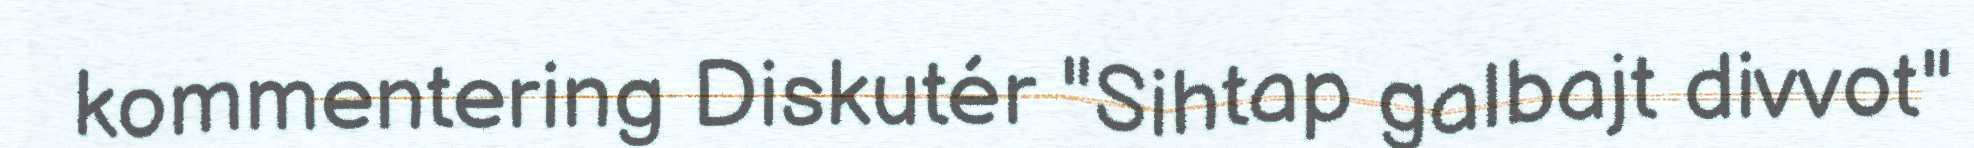
kommentering Diskutér "Sihtap galbajt divvot"